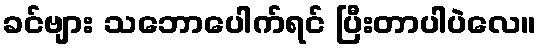
ခင်ဗျား သဘောပေါက်ရင် ပြီးတာပါပဲလေ။